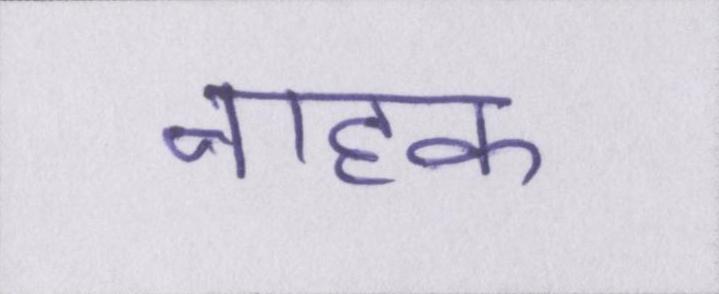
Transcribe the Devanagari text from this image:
नाहक